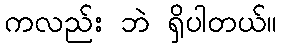
ကလည်း ဘဲ ရှိပါတယ်။